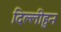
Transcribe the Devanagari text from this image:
दिल्लीहुन